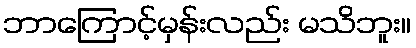
ဘာကြောင့်မှန်းလည်း မသိဘူး။